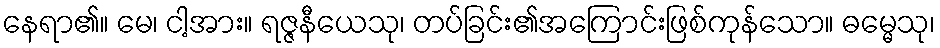
နေရာ၏။ မေ၊ ငါ့အား။ ရဇ္ဇနီယေသု၊ တပ်ခြင်း၏အကြောင်းဖြစ်ကုန်သော။ ဓမ္မေသု၊